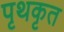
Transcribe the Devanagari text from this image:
पृथकृत